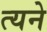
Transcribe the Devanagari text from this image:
त्यने